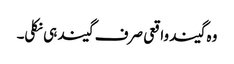
وہ گیند واقعی صرف گیند ہی نکلی۔